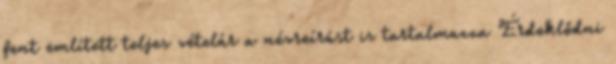
fent említett teljes vételár a névreírást is tartalmazza Érdeklődni